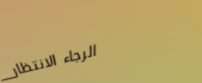
الرجاء الانتظار